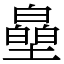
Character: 皨